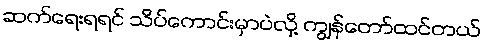
ဆက်ရေးရရင် သိပ်ကောင်းမှာပဲလို့ ကျွန်တော်ထင်တယ်